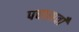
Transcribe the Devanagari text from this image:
पचासवाँ